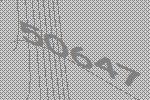
50647